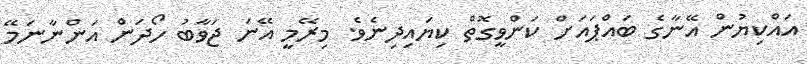
އައްކިޔުން އޭނާގެ ބައްޕައަށް ކަންވީގޮތް ކިޔައިދިނެވެ. މިރޭމީ އޭނަ ޖަވާބު ހޯދަން އަންނާނަމޭ